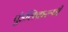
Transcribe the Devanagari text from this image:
पुंडलिकरूपी